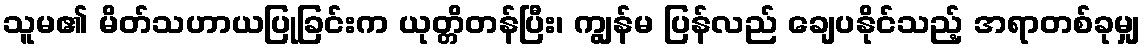
သူမ၏ မိတ်သဟာယပြုခြင်းက ယုတ္တိတန်ပြီး၊ ကျွန်မ ပြန်လည် ချေပနိုင်သည့် အရာတစ်ခုမျှ